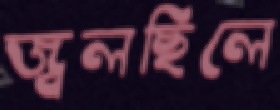
জ্বলছিলে